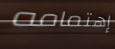
إهتمامه